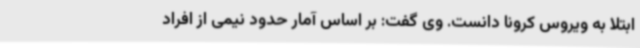
ابتلا به ویروس کرونا دانست. وی گفت: بر اساس آمار حدود نیمی از افراد